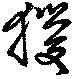
猨